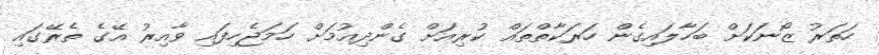
ހަތަރު ޒޯނަކަށް ބަހާލައިގެން ހަރަކާތްތައް ކުރިއަށް ގެންދިއުމަށް ހަމަޖެހިފައި ވާއިރު އޭގެ ތެރޭގައި